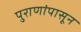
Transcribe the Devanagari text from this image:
पुराणांपासून